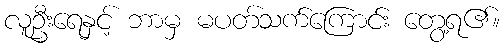
လူဦးရေနှင့် ဘာမှ မပတ်သက်ကြောင်း တွေ့ရ၏။